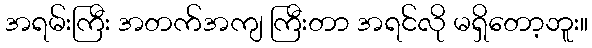
အရမ်းကြီး အတက်အကျ ကြီးတာ အရင်လို မရှိတော့ဘူး။